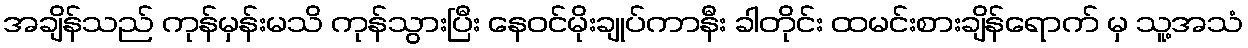
အချိန်သည် ကုန်မှန်းမသိ ကုန်သွားပြီး နေဝင်မိုးချုပ်ကာနီး ခါတိုင်း ထမင်းစားချိန်ရောက် မှ သူ့အသံ